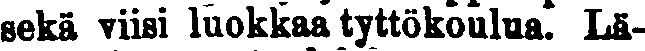
seka viisi luokkaa tyttökoulua. Lä-